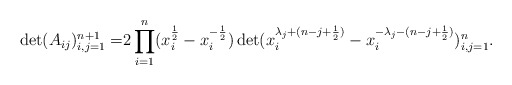
\begin{align*}\det(A_{ij})^{n+1}_{i,j=1}=&2\prod^n_{i=1}(x^{\frac{1}{2}}_i-x^{-\frac{1}{2}}_i)\det(x^{\lambda_j+(n-j+\frac{1}{2})}_i-x^{-\lambda_j-(n-j+\frac{1}{2})}_i)^{n}_{i,j=1}.\end{align*}